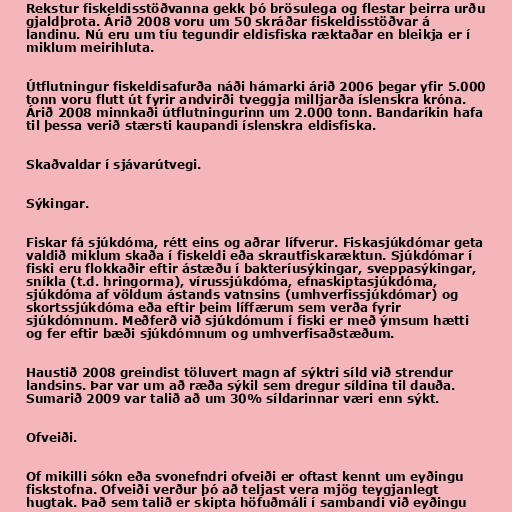
Rekstur fiskeldisstöðvanna gekk þó brösulega og flestar þeirra urðu
gjaldþrota. Árið 2008 voru um 50 skráðar fiskeldisstöðvar á
landinu. Nú eru um tíu tegundir eldisfiska ræktaðar en bleikja er í
miklum meirihluta.

Útflutningur fiskeldisafurða náði hámarki árið 2006 þegar yfir 5.000
tonn voru flutt út fyrir andvirði tveggja milljarða íslenskra króna.
Árið 2008 minnkaði útflutningurinn um 2.000 tonn. Bandaríkin hafa
til þessa verið stærsti kaupandi íslenskra eldisfiska.

Skaðvaldar í sjávarútvegi.

Sýkingar.

Fiskar fá sjúkdóma, rétt eins og aðrar lífverur. Fiskasjúkdómar geta
valdið miklum skaða í fiskeldi eða skrautfiskaræktun. Sjúkdómar í
fiski eru flokkaðir eftir ástæðu í bakteríusýkingar, sveppasýkingar,
sníkla (t.d. hringorma), vírussjúkdóma, efnaskiptasjúkdóma,
sjúkdóma af völdum ástands vatnsins (umhverfissjúkdómar) og
skortssjúkdóma eða eftir þeim líffærum sem verða fyrir
sjúkdómnum. Meðferð við sjúkdómum í fiski er með ýmsum hætti
og fer eftir bæði sjúkdómnum og umhverfisaðstæðum.

Haustið 2008 greindist töluvert magn af sýktri síld við strendur
landsins. Þar var um að ræða sýkil sem dregur síldina til dauða.
Sumarið 2009 var talið að um 30% síldarinnar væri enn sýkt.

Ofveiði.

Of mikilli sókn eða svonefndri ofveiði er oftast kennt um eyðingu
fiskstofna. Ofveiði verður þó að teljast vera mjög teygjanlegt
hugtak. Það sem talið er skipta höfuðmáli í sambandi við eyðingu